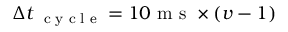
\Delta t _ { \mathrm { ~ \scriptsize ~ c ~ y ~ c ~ l ~ e ~ } } = 1 0 \mathrm { ~ m ~ s ~ } \times ( \boldsymbol v - 1 )